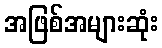
အဖြစ်အများဆုံး